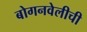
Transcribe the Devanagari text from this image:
बोगनवेलीची